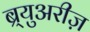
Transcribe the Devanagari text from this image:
ब्र्युअरीज़